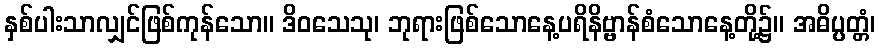
နှစ်ပါးသာလျှင်ဖြစ်ကုန်သော။ ဒိဝသေသု၊ ဘုရားဖြစ်သောနေ့ပရိနိဗ္ဗာန်စံသောနေ့တို့၌။ အဓိပ္ပတ္တံ၊